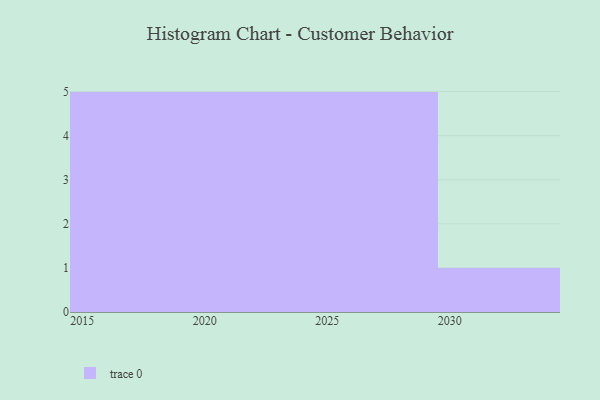
{"axis": {"x": "Year", "y": "Production Output"}, "legend": [""], "data": [{"x": "2017", "y": 40, "type": ""}, {"x": "2020", "y": 9, "type": ""}, {"x": "2022", "y": 19, "type": ""}, {"x": "2023", "y": 47, "type": ""}, {"x": "2030", "y": 1, "type": ""}, {"x": "2016", "y": 1, "type": ""}, {"x": "2024", "y": 65, "type": ""}, {"x": "2026", "y": 22, "type": ""}, {"x": "2025", "y": 12, "type": ""}, {"x": "2027", "y": 96, "type": ""}, {"x": "2029", "y": 64, "type": ""}, {"x": "2015", "y": 66, "type": ""}, {"x": "2019", "y": 58, "type": ""}, {"x": "2028", "y": 83, "type": ""}, {"x": "2018", "y": 25, "type": ""}, {"x": "2021", "y": 91, "type": ""}]}